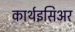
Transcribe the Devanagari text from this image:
कार्थइसिअर